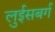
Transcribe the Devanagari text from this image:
लुईसबर्ग